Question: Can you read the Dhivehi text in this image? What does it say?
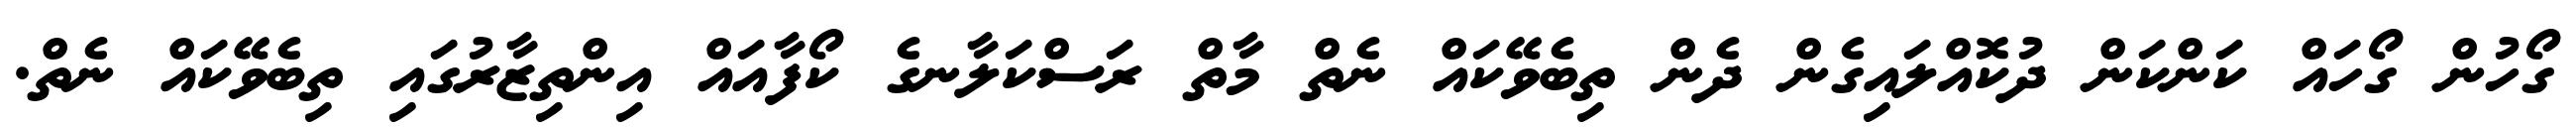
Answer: ގޯހުން ގޯހައް ކަންކަން ދުކޮއްލައިގެން ދެން ތިބެވޭކައް ނެތް މާތް ރަސްކަލާނގެ ކޯފާއައް އިންތިޒާރުގައި ތިބެވޭކައް ނެތް.